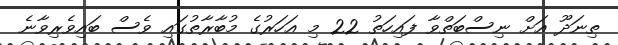
ތިނަދޫ އަށް ނިސްބަތްވާ ފައިހަތު 22 މި އަހަރުގެ މުބާރާތުގައި ވެސް ބައިވެރިވާނެ